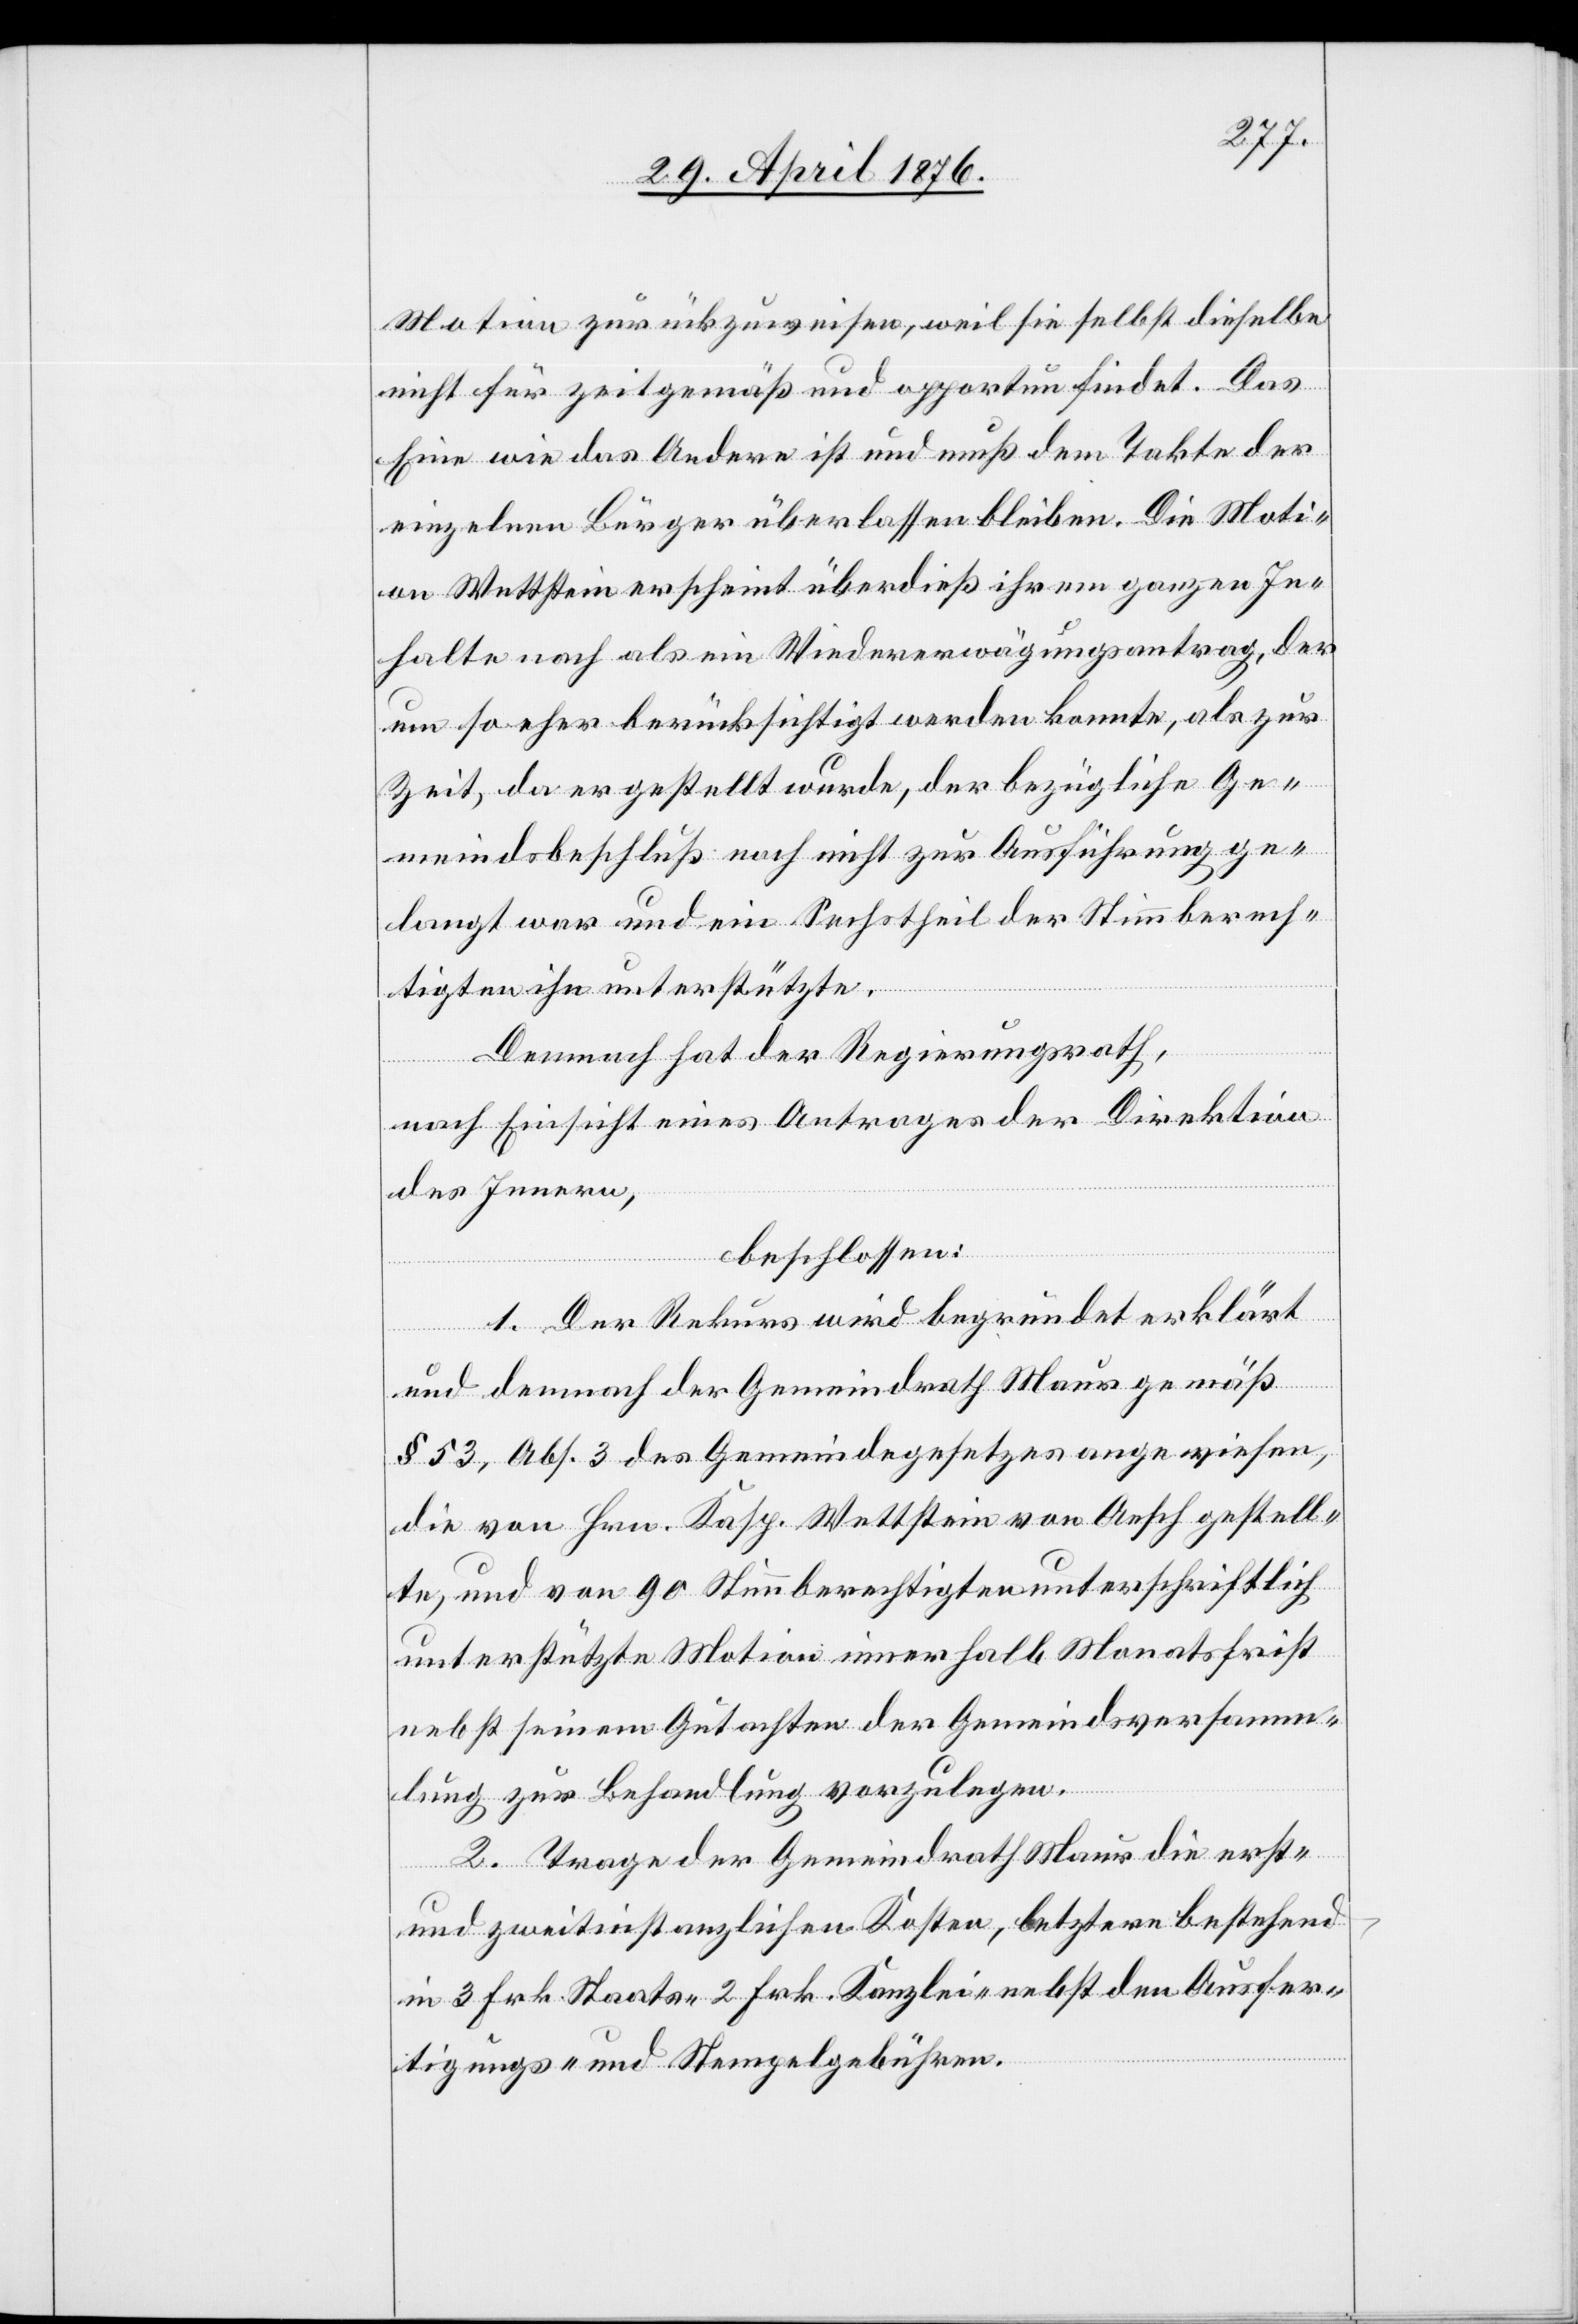
Motion zurückzuweisen, weil sie selbst dieselbe
nicht für zeitgemäß und opportun findet. Das
Eine wie das Andere ist und muß dem Takte der
einzelnen Bürger überlassen bleiben. Die Moti¬
on Wettstein erscheint überdieß ihrem ganzen In¬
halte nach als ein Wiedererwägungsantrag, der
um so eher berücksichtigt werden könnte, als zur
Zeit, da er gestellt wurde, der bezügliche Ge¬
meindsbeschluß noch nicht zur Ausführung ge¬
langt war und ein Sechstheil der Stimmberech¬
tigten ihn unterstützte.
Demnach hat der Regierungsrath,
nach Einsicht eines Antrages der Direktion
des Innern,
beschlossen:
1. Der Rekurs wird begründet erklärt
und demnach der Gemeindrath Maur gemäß
§ 53, Abs. 3 des Gemeindegesetzes angewiesen,
die von Hrn. Kasp. Wettstein von Aesch gestell¬
te, und von 90 Stimmberechtigten unterschriftlich
unterstützte Motion innerhalb Monatsfrist
nebst seinem Gutachten der Gemeindsversamm¬
lung zur Behandlung vorzulegen.
2. Trage der Gemeindrath Maur die erst-
und zweitinstanzlichen Kosten, letztere bestehend
in 3 Frk. Staats- 2 Frk. Kanzlei- nebst den Ausfer¬
tigungs- und Stempelgebühren.